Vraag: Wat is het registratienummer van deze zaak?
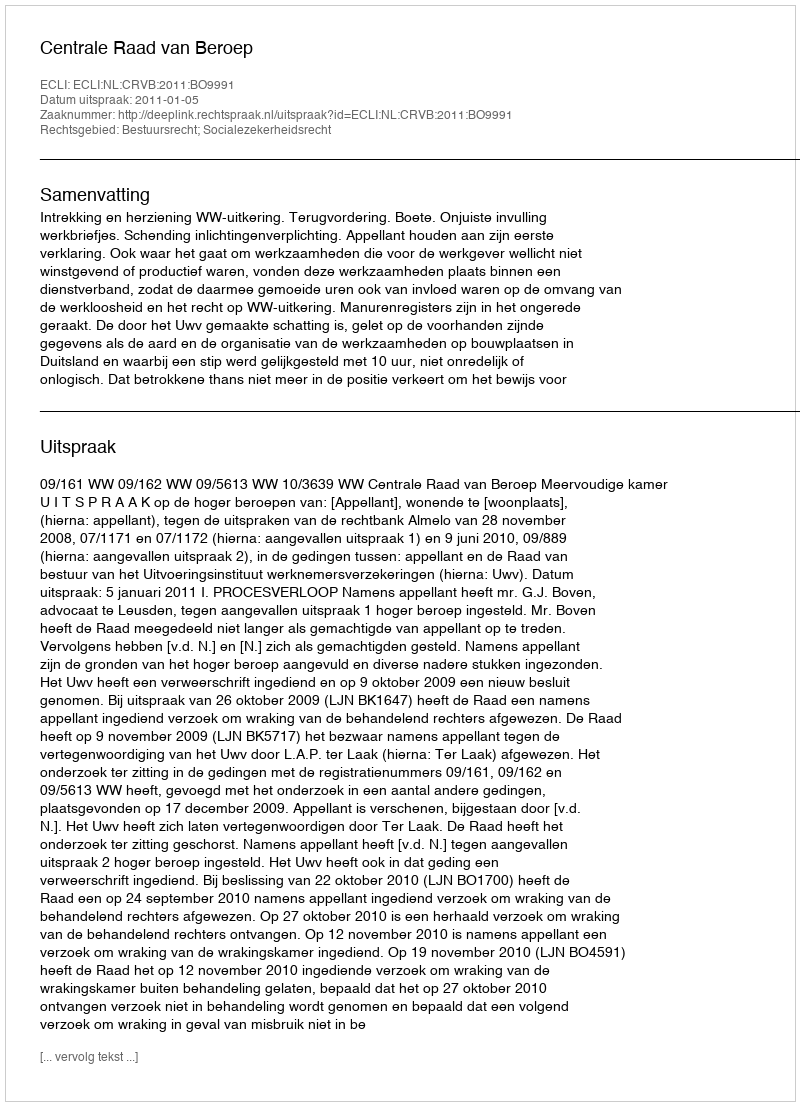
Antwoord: http://deeplink.rechtspraak.nl/uitspraak?id=ECLI:NL:CRVB:2011:BO9991